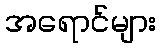
အရောင်များ